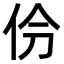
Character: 𫢕